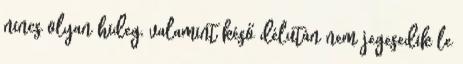
nincs olyan hideg, valamint késő délután nem jegesedik le